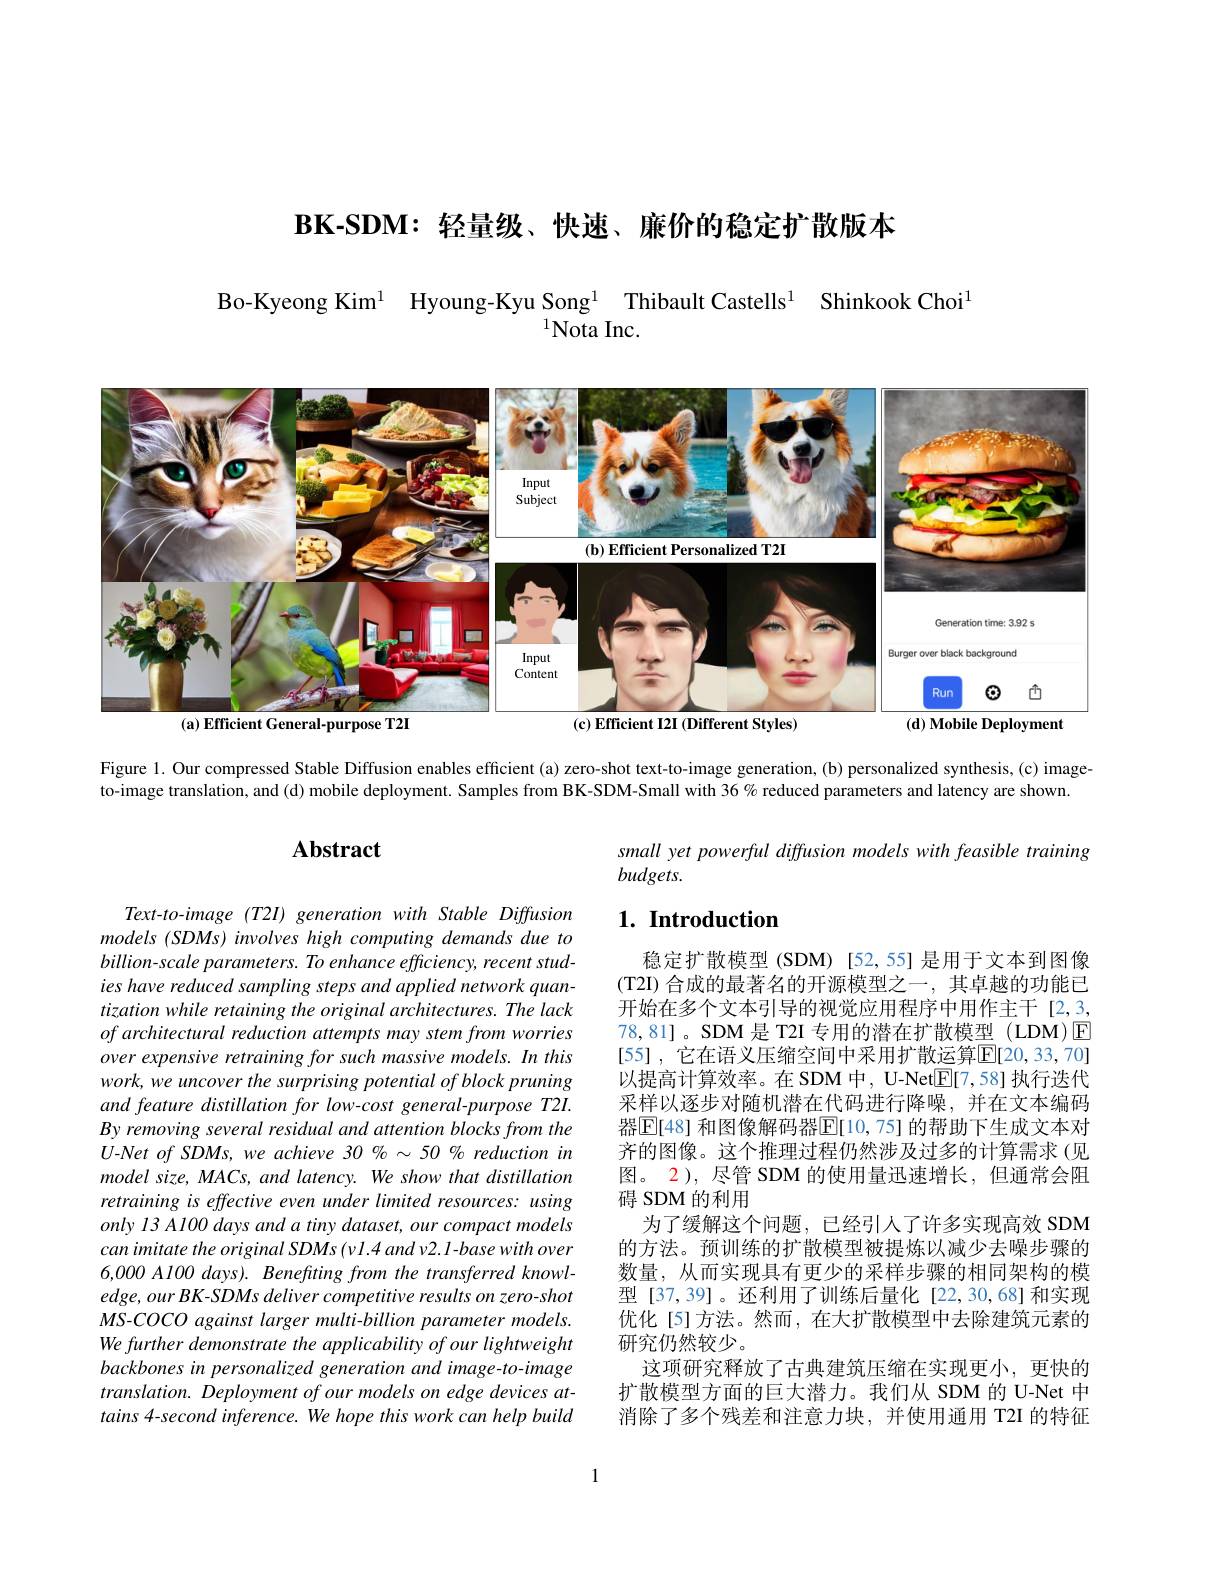
BK-SDM: 轻量级、快速、廉价的稳定扩散版本

Bo-Kyeong Kim$^{1}$ Hyoung-Kyu Song$^{1}$ Thibault Castells$^{1}$ Shinkook Choi$^{1}$
$^{1}$Nota Inc.

<FigureHere>

Figure 1. Our compressed Stable Diffusion enables efficient (a) zero-shot text-to-image generation, (b) personalized synthesis, (c) image-

to-image translation, and (d) mobile deployment. Samples from BK-SDM-Small with 36 % reduced parameters and latency are shown.

## $\mathbf{Abstract}$

small yet powerful diffusion models with feasible training
budgets.

### $1. \textbf{Introduction}$

Text-to-image (T2I) generation with Stable Diffusion models (SDMs) involves high computing demands due to billion-scale parameters. To enhance efficiency, recent studies have reduced sampling steps and applied network quantization while retaining the original architectures. The lack $of\textit{architectural reduction attempts may stem from worries}$ over expensive retraining for such massive models. In this work, we uncover the surprising potential of block pruning and feature distillation for low-cost general-purpose T2I. By removing several residual and attention blocks from the $U$-Net of SDMs, we achieve 30%~50% reduction in model size, MACs, and latency. We show that distillation retraining is effective even under limited resources: using only 13 A100 days and a tiny dataset, our compact models can imitate the original SDMs (v1.4 and v2.1-base with over 6,000 A100 days). Benefting from the transferred knowledge, our BK-SDMs deliver competitive results on zero-shot MS-COCO against larger multi-billion parameter models. We further demonstrate the applicability of our lightweight backbones in personalized generation and image-to-image $translation. \textit{ Deployment of our models on edge devices at- }$ tains 4-second inference. We hope this work can help build

稳定扩散模型(SDM)[52,55]是用于文本到图像(T2I) 合成的最著名的开源模型之一，其卓越的功能已开始在多个文本引导的视觉应用程序中用作主干[2,3, 78,81]。SDM 是 T2I 专用的潜在扩散模型 (LDM)E [55] ,它在语义压缩空间中采用扩散运算E[20,33,70] 以提高计算效率。在 SDM 中，U-Net$\mathbb{E}[7,58]$执行迭代采样以逐步对随机潜在代码进行降噪，并在文本编码器$\boxed{\mathrm{E}}[48]$ 和图像解码器$\boxed{\mathrm{F}}[10,75]$ 的帮助下生成文本对齐的图像。这个推理过程仍然涉及过多的计算需求(见图。2), 尽管 SDM 的使用量迅速增长，但通常会阻碍 SDM 的利用
为了缓解这个问题，已经引人了许多实现高效 SDM 的方法。预训练的扩散模型被提炼以减少去噪步骤的数量，从而实现具有更少的采样步骤的相同架构的模型[37,39]。还利用了训练后量化[22,30,68]和实现优化[5]方法。然而，在大扩散模型中去除建筑元素的研究仍然较少。
这项研究释放了古典建筑压缩在实现更小，更快的扩散模型方面的巨大潜力。我们从 SDM 的 U-Net 中消除了多个残差和注意力块，并使用通用 T2I 的特征

1